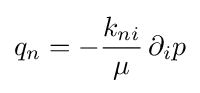
q_{n}=-{\frac {k_{ni}}{\mu }}\,\partial _{i}p